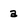
Character: a